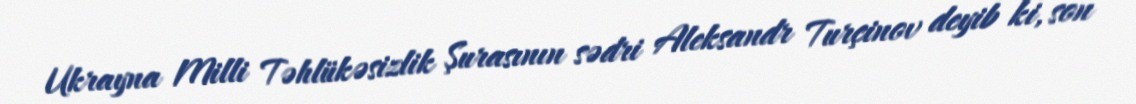
Ukrayna Milli Təhlükəsizlik Şurasının sədri Aleksandr Turçinov deyib ki, son